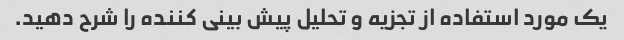
یک مورد استفاده از تجزیه و تحلیل پیش بینی کننده را شرح دهید.